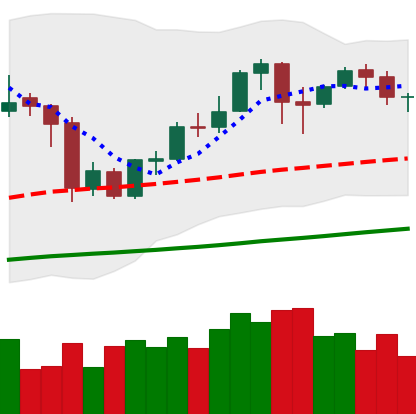
Ticker: BNB-USD
Chart end date: 2020-10-07
Forward return: 10.864%
Label: up_7plus